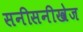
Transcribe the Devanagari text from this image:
सनीसनीखेज